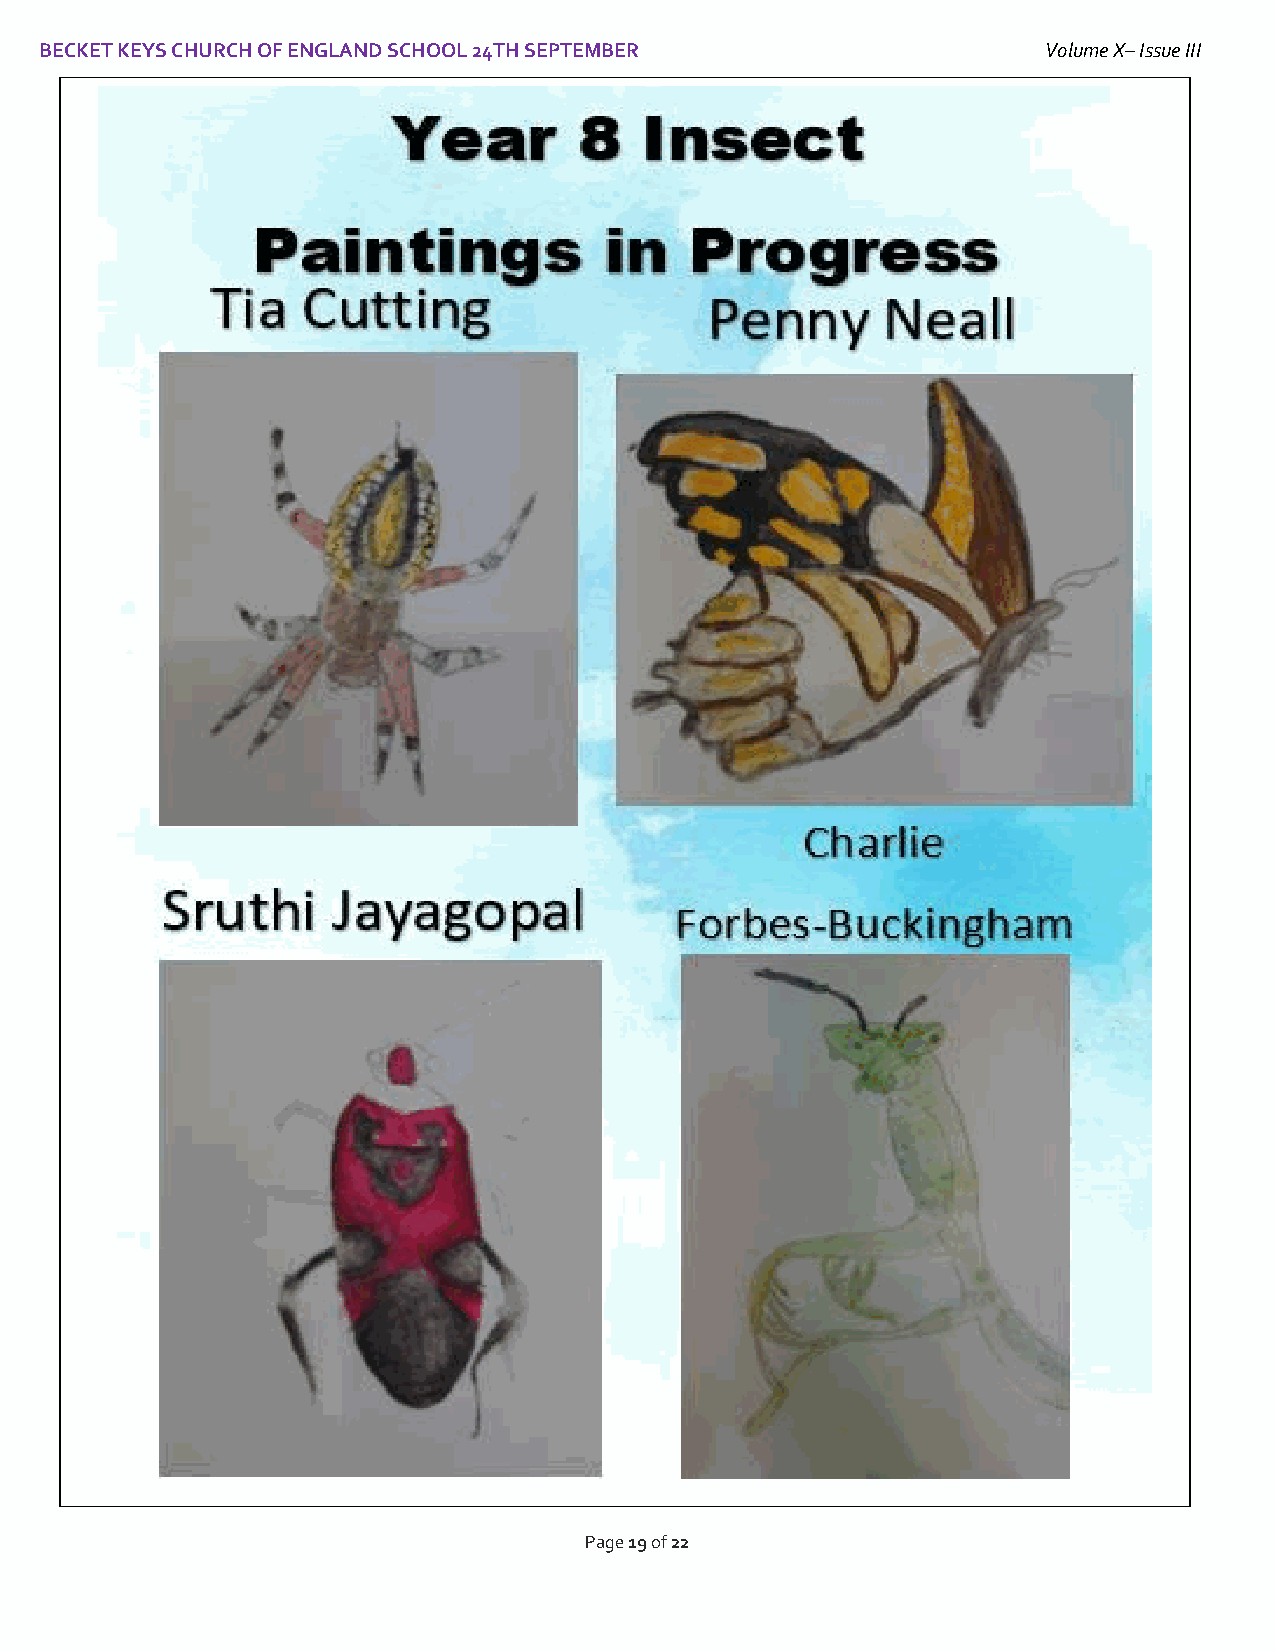
BECKET KEYS CHURCH OF ENGLAND SCHOOL 24TH SEPTEMBER               Volume X– Issue III
 I
 Page 19 of 22